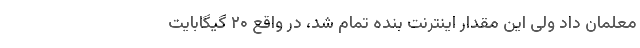
معلمان داد ولی این مقدار اینترنت بنده تمام شد، در واقع ۲۰ گیگابایت